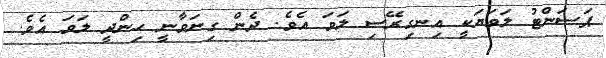
ޕަސަންޓު ލަވަޔަކީ އިނގިރޭސި ލަވަ އެވެ. ދެން ގިނަވާނީ ހިންދީ ލަވަ އެވެ.